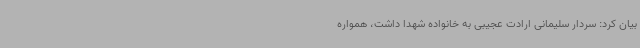
بیان کرد: سردار سلیمانی ارادت عجیبی به خانواده شهدا داشت، همواره